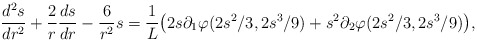
\begin{align*}\frac{d^2s}{dr^2} + \frac{2}{r}\frac{ds}{dr}-\frac{6}{r^2}s = \frac{1}{L}\big(2s\partial_1\varphi(2s^2/3,2s^3/9) +s^2\partial_2\varphi(2s^2/3,2s^3/9) \big),\end{align*}